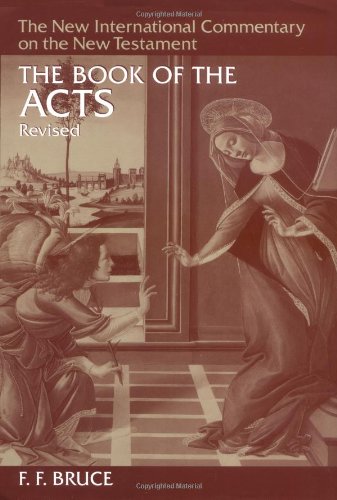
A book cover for The Book of the Acts (New International Commentary on the New Testament) (The New International Commentary on the New Testament); F. F. Bruce; Christian Books & Bibles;